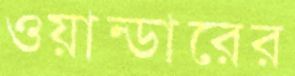
ওয়ান্ডারের